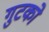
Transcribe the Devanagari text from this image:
गुटको